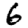
Digit: 6